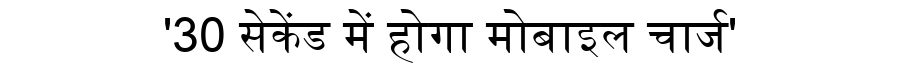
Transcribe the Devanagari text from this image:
'30 सेकेंड में होगा मोबाइल चार्ज'